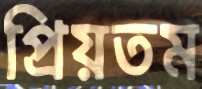
প্রিয়তম